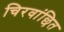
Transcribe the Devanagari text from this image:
चिरवांछित